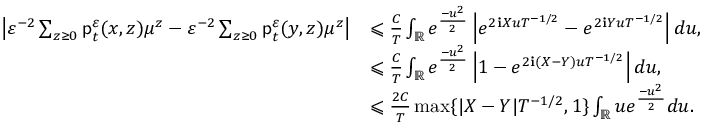
\begin{array} { r l } { \left\vert \varepsilon ^ { - 2 } \sum _ { z \ge 0 } \mathsf { p } _ { t } ^ { \varepsilon } ( x , z ) \mu ^ { z } - \varepsilon ^ { - 2 } \sum _ { z \ge 0 } \mathsf { p } _ { t } ^ { \varepsilon } ( y , z ) \mu ^ { z } \right\vert } & { \leqslant \frac { C } { T } \int _ { \mathbb R } e ^ { \frac { - u ^ { 2 } } { 2 } } \left\vert e ^ { 2 \ensuremath { \mathbf { i } } X u T ^ { - 1 / 2 } } - e ^ { 2 \ensuremath { \mathbf { i } } Y u T ^ { - 1 / 2 } } \right\vert d u , } \\ & { \leqslant \frac { C } { T } \int _ { \mathbb R } e ^ { \frac { - u ^ { 2 } } { 2 } } \left\vert 1 - e ^ { 2 \ensuremath { \mathbf { i } } ( X - Y ) u T ^ { - 1 / 2 } } \right\vert d u , } \\ & { \leqslant \frac { 2 C } { T } \operatorname* { m a x } \lbrace \vert X - Y \vert T ^ { - 1 / 2 } , 1 \rbrace \int _ { \mathbb R } u e ^ { \frac { - u ^ { 2 } } { 2 } } d u . } \end{array}